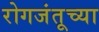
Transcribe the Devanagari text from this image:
रोगजंतूच्या